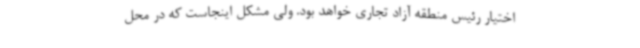
اختیار رئیس منطقه آزاد تجاری خواهد بود. ولی مشکل اینجاست که در محل